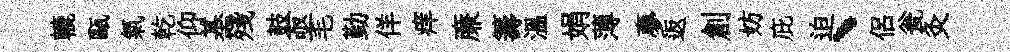
轆甌氣乾仰基殘鼓亟毛勤佯痒亷籌溫娟薄夣返創妨庇迫、侶瓮灸